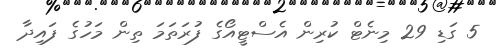
5 ގަޑި 29 މިނެޓް ކުރިން އެސްޓީއޯގެ ފުރަތަމަ ތިން މަހުގެ ފައިދާ